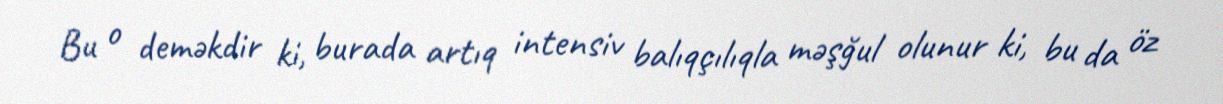
Bu o deməkdir ki, burada artıq intensiv balıqçılıqla məşğul olunur ki, bu da öz